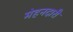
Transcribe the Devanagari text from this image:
मेहनदारी